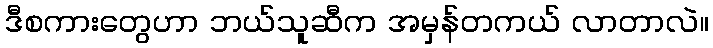
ဒီစကားတွေဟာ ဘယ်သူဆီက အမှန်တကယ် လာတာလဲ။